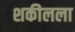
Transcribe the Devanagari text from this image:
शकीलला